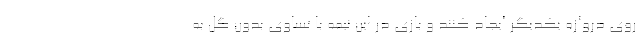
روی دروازه یکدیگر ایجاد کنند و بازی در این نیمه با تساوی بدون گل به